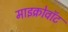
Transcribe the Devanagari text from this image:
माइक्रोवॉट